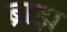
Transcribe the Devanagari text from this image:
ब्राझ